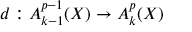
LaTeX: d : A _ { k - 1 } ^ { p - 1 } ( X ) \to A _ { k } ^ { p } ( X )